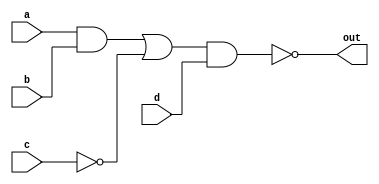
module behavioural_example(
    input a,
    input b,
    input c,
    input d,
    output reg out // Behavioral modelling requires the use of registers but doesn't always synthesize any registers
    );
    // Any values set within a procedural block like below must be registers
    always @(a, b, c, d) begin          // The procedural block declaration, notice the begin & end statements
        out = ~(((a & b) | (~c)) & d);  // Looks very similar to data-flow
    end
endmodule